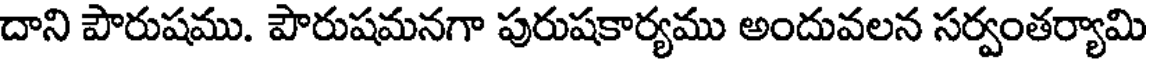
దాని పౌరుషము. పౌరుషమనగా పురుషకార్యము అందువలన సర్వంతర్యామి